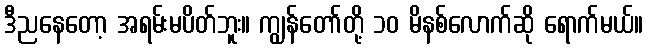
ဒီညနေတော့ အရမ်းမပိတ်ဘူး။ ကျွန်တော်တို့ ၁၀ မိနစ်လောက်ဆို ရောက်မယ်။